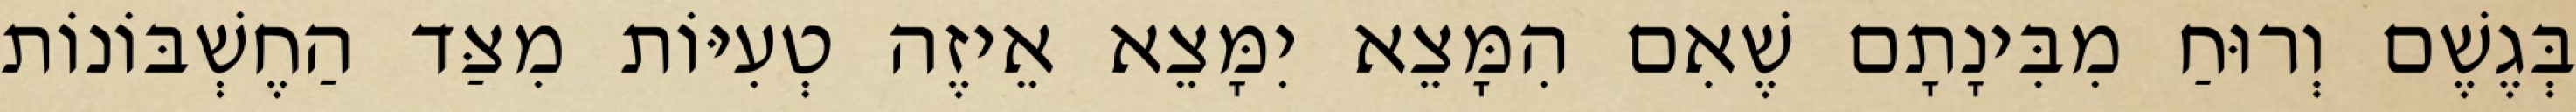
בְּגֶשֶׁם וְרוּחַ מִבִּינָתָם שֶׁאִם הִמָּצֵא יִמָּצֵא אֵיזֶה טְעִיּוֹת מִצַּד הַחֶשְׁבּוֹנוֹת